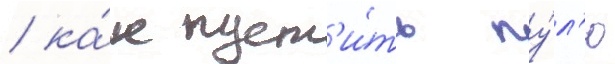
/ ка́к пуст'и́ть пу́л'ю